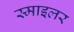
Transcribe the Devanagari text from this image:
स्माइलर